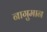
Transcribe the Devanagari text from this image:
नागुमान